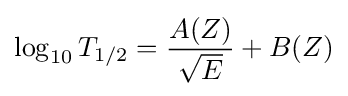
\log _{10}T_{1/2}={\frac {A(Z)}{\sqrt {E}}}+B(Z)